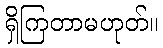
ရှိကြတာမဟုတ်။